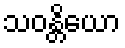
သဝန္တိယော